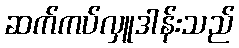
ဆက်ကပ်လှူဒါန်းသည်